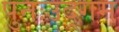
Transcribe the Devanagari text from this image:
पुनःउद्गम